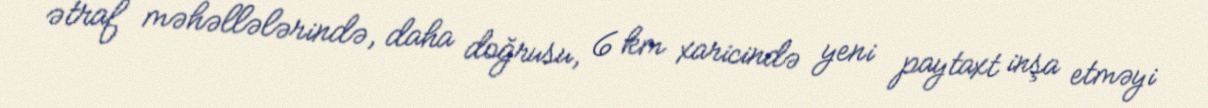
ətraf məhəllələrində, daha doğrusu, 6 km xaricində yeni paytaxt inşa etməyi